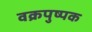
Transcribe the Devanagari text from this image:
वक्रपुष्पक